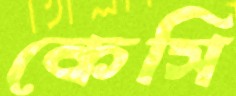
কেসি